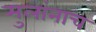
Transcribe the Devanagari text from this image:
मुलांनाच